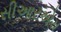
સીઆરએચ